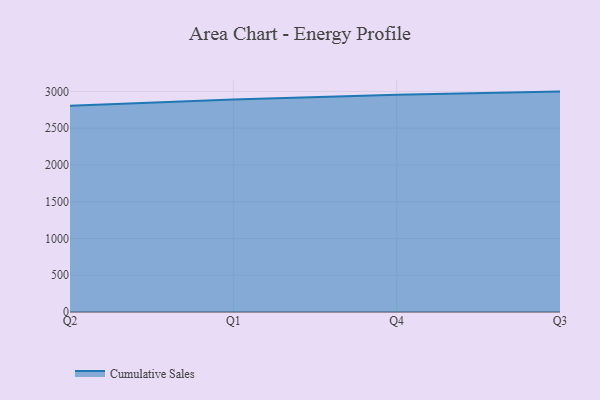
{"axis": {"x": "Quarter", "y": "Population (Million)"}, "legend": ["Cumulative Sales"], "data": [{"x": "Q2", "y": 2806.8, "type": "Cumulative Sales"}, {"x": "Q1", "y": 2889.3, "type": "Cumulative Sales"}, {"x": "Q4", "y": 2956.6, "type": "Cumulative Sales"}, {"x": "Q3", "y": 2998.1, "type": "Cumulative Sales"}]}